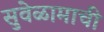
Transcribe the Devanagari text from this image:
सुवेळामाची